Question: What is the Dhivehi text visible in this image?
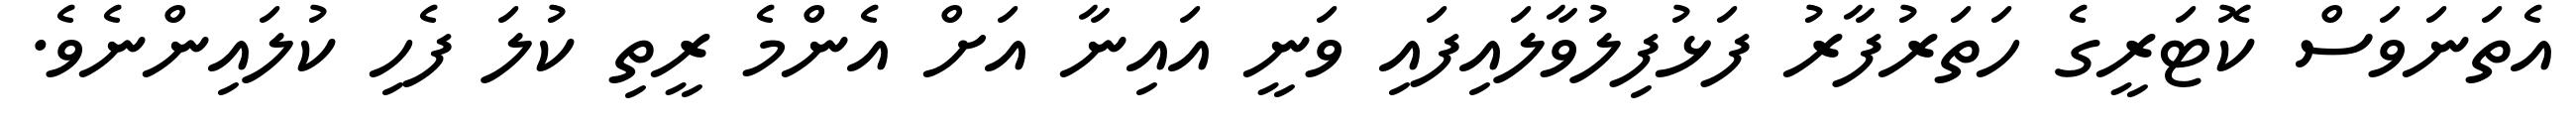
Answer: އެތަނަވަސް ކޮޓަރީގެ ހަތަރުފާރު ފަޅުފިލުވާލައިފައި ވަނީ އައިނާ އަށް އެންމެ ރީތި ކުލަ ފެހި ކުލައިންނެވެ.